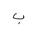
Letter: _ba